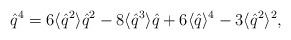
\begin{align*}\hat{q}^4 = 6 \langle \hat{q}^2 \rangle \hat{q}^2 - 8 \langle \hat{q}^3\rangle \hat{q} + 6 \langle \hat{q} \rangle^4 - 3 \langle \hat{q}^2\rangle^2,\end{align*}